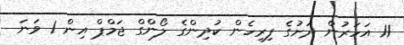
11 އަހަރުން ދަށުގެ ފިރިހެން ކުދިންގެ ލޯންގް ޖަމްޕް އިން 1 ވަނަ